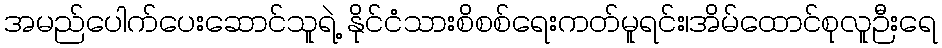
အမည်ပေါက်ပေးဆောင်သူရဲ့ နိုင်ငံသားစိစစ်ရေးကတ်မူရင်း၊အိမ်ထောင်စုလူဉီးရေ